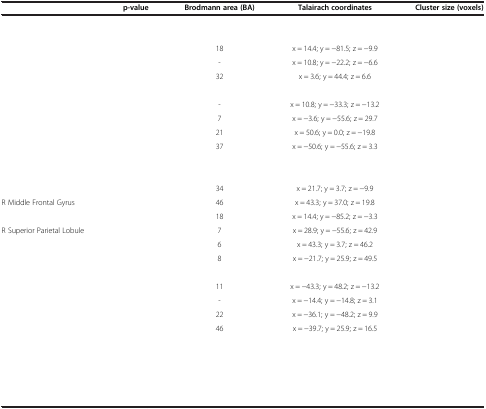
<table><thead><tr><td>[EMPTY_CELL]</td><td><b>p-value</b></td><td><b>Brodmann area (BA)</b></td><td><b>Talairach coordinates</b></td><td><b>Cluster size (voxels)</b></td></tr></thead><tbody><tr><td>[EMPTY_CELL]</td><td>[EMPTY_CELL]</td><td>[EMPTY_CELL]</td><td>[EMPTY_CELL]</td><td>[EMPTY_CELL]</td></tr><tr><td>[EMPTY_CELL]</td><td>[EMPTY_CELL]</td><td>[EMPTY_CELL]</td><td>[EMPTY_CELL]</td><td>[EMPTY_CELL]</td></tr><tr><td>[EMPTY_CELL]</td><td>[EMPTY_CELL]</td><td>18</td><td>x = 14.4; y = -81.5; z = -9.9</td><td>[EMPTY_CELL]</td></tr><tr><td>[EMPTY_CELL]</td><td>[EMPTY_CELL]</td><td>-</td><td>x = 10.8; y = -22.2; z = -6.6</td><td>[EMPTY_CELL]</td></tr><tr><td>[EMPTY_CELL]</td><td>[EMPTY_CELL]</td><td>32</td><td>x = 3.6; y = 44.4; z = 6.6</td><td>[EMPTY_CELL]</td></tr><tr><td>[EMPTY_CELL]</td><td>[EMPTY_CELL]</td><td>[EMPTY_CELL]</td><td>[EMPTY_CELL]</td><td>[EMPTY_CELL]</td></tr><tr><td>[EMPTY_CELL]</td><td>[EMPTY_CELL]</td><td>-</td><td>x = 10.8; y = -33.3; z = -13.2</td><td>[EMPTY_CELL]</td></tr><tr><td>[EMPTY_CELL]</td><td>[EMPTY_CELL]</td><td>7</td><td>x = -3.6; y = -55.6; z = 29.7</td><td>[EMPTY_CELL]</td></tr><tr><td>[EMPTY_CELL]</td><td>[EMPTY_CELL]</td><td>21</td><td>x = 50.6; y = 0.0; z = -19.8</td><td>[EMPTY_CELL]</td></tr><tr><td>[EMPTY_CELL]</td><td>[EMPTY_CELL]</td><td>37</td><td>x = -50.6; y = -55.6; z = 3.3</td><td>[EMPTY_CELL]</td></tr><tr><td>[EMPTY_CELL]</td><td>[EMPTY_CELL]</td><td>[EMPTY_CELL]</td><td>[EMPTY_CELL]</td><td>[EMPTY_CELL]</td></tr><tr><td>[EMPTY_CELL]</td><td>[EMPTY_CELL]</td><td>[EMPTY_CELL]</td><td>[EMPTY_CELL]</td><td>[EMPTY_CELL]</td></tr><tr><td>[EMPTY_CELL]</td><td>[EMPTY_CELL]</td><td>34</td><td>x = 21.7; y = 3.7; z = -9.9</td><td>[EMPTY_CELL]</td></tr><tr><td>R Middle Frontal Gyrus</td><td>[EMPTY_CELL]</td><td>46</td><td>x = 43.3; y = 37.0; z = 19.8</td><td>[EMPTY_CELL]</td></tr><tr><td>[EMPTY_CELL]</td><td>[EMPTY_CELL]</td><td>18</td><td>x = 14.4; y = -85.2; z = -3.3</td><td>[EMPTY_CELL]</td></tr><tr><td>R Superior Parietal Lobule</td><td>[EMPTY_CELL]</td><td>7</td><td>x = 28.9; y = -55.6; z = 42.9</td><td>[EMPTY_CELL]</td></tr><tr><td>[EMPTY_CELL]</td><td>[EMPTY_CELL]</td><td>6</td><td>x = 43.3; y = 3.7; z = 46.2</td><td>[EMPTY_CELL]</td></tr><tr><td>[EMPTY_CELL]</td><td>[EMPTY_CELL]</td><td>8</td><td>x = -21.7; y = 25.9; z = 49.5</td><td>[EMPTY_CELL]</td></tr><tr><td>[EMPTY_CELL]</td><td>[EMPTY_CELL]</td><td>[EMPTY_CELL]</td><td>[EMPTY_CELL]</td><td>[EMPTY_CELL]</td></tr><tr><td>[EMPTY_CELL]</td><td>[EMPTY_CELL]</td><td>11</td><td>x = -43.3; y = 48.2; z = -13.2</td><td>[EMPTY_CELL]</td></tr><tr><td>[EMPTY_CELL]</td><td>[EMPTY_CELL]</td><td>-</td><td>x = -14.4; y = -14.8; z = 3.1</td><td>[EMPTY_CELL]</td></tr><tr><td>[EMPTY_CELL]</td><td>[EMPTY_CELL]</td><td>22</td><td>x = -36.1; y = -48.2; z = 9.9</td><td>[EMPTY_CELL]</td></tr><tr><td>[EMPTY_CELL]</td><td>[EMPTY_CELL]</td><td>46</td><td>x = -39.7; y = 25.9; z = 16.5</td><td>[EMPTY_CELL]</td></tr><tr><td>[EMPTY_CELL]</td><td>[EMPTY_CELL]</td><td>[EMPTY_CELL]</td><td>[EMPTY_CELL]</td><td>[EMPTY_CELL]</td></tr><tr><td>[EMPTY_CELL]</td><td>[EMPTY_CELL]</td><td>[EMPTY_CELL]</td><td>[EMPTY_CELL]</td><td>[EMPTY_CELL]</td></tr><tr><td>[EMPTY_CELL]</td><td>[EMPTY_CELL]</td><td>[EMPTY_CELL]</td><td>[EMPTY_CELL]</td><td>[EMPTY_CELL]</td></tr><tr><td>[EMPTY_CELL]</td><td>[EMPTY_CELL]</td><td>[EMPTY_CELL]</td><td>[EMPTY_CELL]</td><td>[EMPTY_CELL]</td></tr><tr><td>[EMPTY_CELL]</td><td>[EMPTY_CELL]</td><td>[EMPTY_CELL]</td><td>[EMPTY_CELL]</td><td>[EMPTY_CELL]</td></tr></tbody></table>